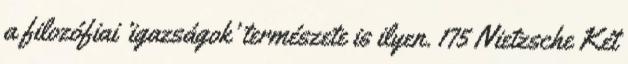
a filozófiai ’igazságok’ természete is ilyen. 175 Nietzsche Két